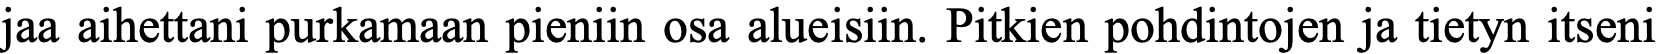
jaa aihettani purkamaan pieniin osa alueisiin. Pitkien pohdintojen ja tietyn itseni